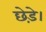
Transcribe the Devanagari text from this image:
छेड़े।